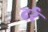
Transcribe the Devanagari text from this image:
दर्र